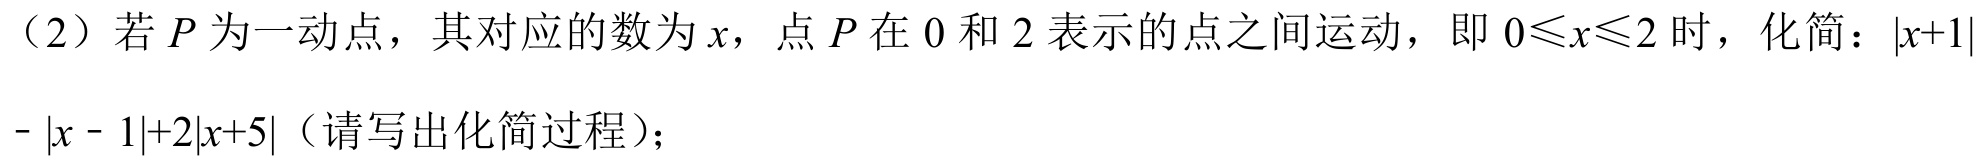
（2）若 \(P\) 为一动点，其对应的数为 \(x\)，点 \(P\) 在 \(0\) 和 \(2\) 表示的点之间运动，即 \(0\leqslant x\leqslant 2\) 时，化简：\(\vert x + 1\vert-\vert x - 1\vert+2\vert x + 5\vert\)（请写出化简过程）；